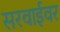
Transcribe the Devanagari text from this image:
सरवाईवर